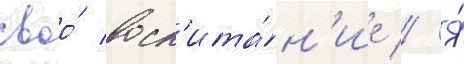
своо́ восп'ита́н'ие // Я́